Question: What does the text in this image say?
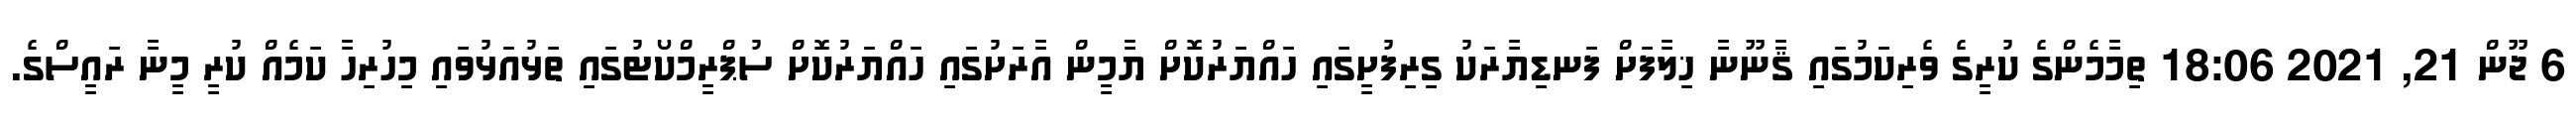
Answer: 6 ޖޫން 21, 2021 18:06 ތިމާމެންގެ ކުރީގެ ވެރިކަމުގައި ޤާނޫނާ ޚިލާފަށް ފަނޑިޔާރަކު ގިރިފުށީގައި ހައްޔަރުކޮށް ޔާމީން އާރަށުގައި ހައްޔަރުކޮށް ސުޕްރީމްކޯޓުގައި ތަޅުއަޅުވައި މިހުރިހާ ކަމެއް ކުރީ މީނާ ރައީސްގެ.